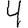
Digit: 4